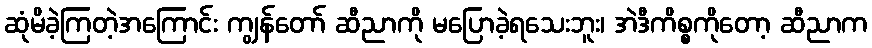
ဆုံမိခဲ့ကြတဲ့အကြောင်း ကျွန်တော် ဆီညာကို မပြောခဲ့ရသေးဘူး၊ အဲဒီကိစ္စကိုတော့ ဆီညာက